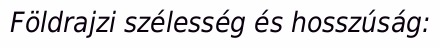
Földrajzi szélesség és hosszúság: